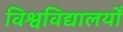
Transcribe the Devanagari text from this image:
विश्वविद्यालयोँ